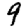
Digit: 9